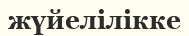
жүйелілікке